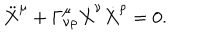
LaTeX: \ddot { X } ^ { \mu } + \Gamma _ { \nu \rho } ^ { \mu } \dot { X } ^ { \nu } \dot { X } ^ { \rho } = 0 .